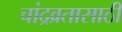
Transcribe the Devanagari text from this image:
चांद्रव्रतासाठी